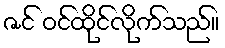
ဇင် ဝင်ထိုင်လိုက်သည်။